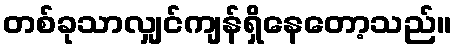
တစ်ခုသာလျှင်ကျန်ရှိနေတော့သည်။